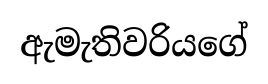
ඇමැතිවරියගේ